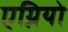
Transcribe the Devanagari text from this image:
एग्नियो